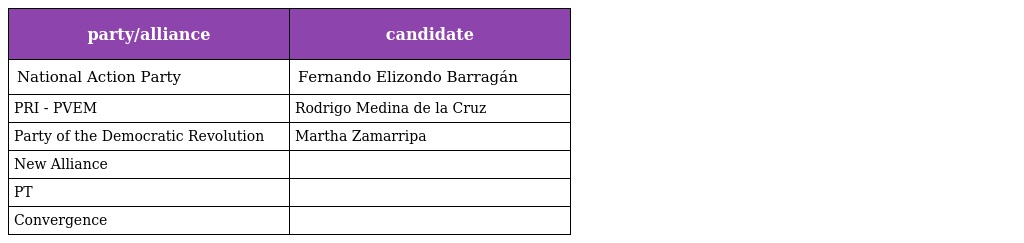
| party/alliance | candidate |
 | --- | --- |
 | National Action Party | Fernando Elizondo Barragán |
 | PRI - PVEM | Rodrigo Medina de la Cruz |
 | Party of the Democratic Revolution | Martha Zamarripa |
 | New Alliance |  |
 | PT |  |
 | Convergence |  |